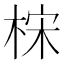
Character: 𰗮